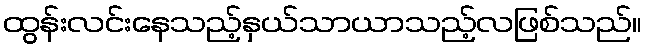
ထွန်းလင်းနေသည့်နှယ်သာယာသည့်လဖြစ်သည်။